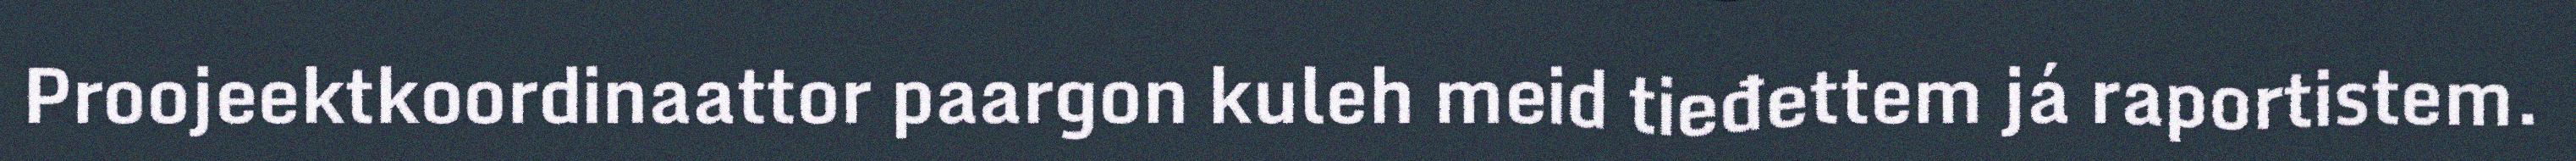
Proojeektkoordinaattor paargon kuleh meid tieđettem já raportistem.